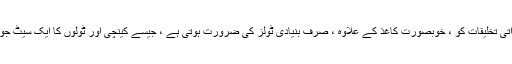
اور سب سے بہتر: ان تمام ذاتی تخلیقات کو ، خوبصورت کاغذ کے علاوہ ، صرف بنیادی ٹولز کی ضرورت ہوتی ہے ، جیسے کینچی اور ٹولوں کا ایک سیٹ جو آپ کے گھر میں یقینی ہے۔